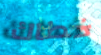
خطاك